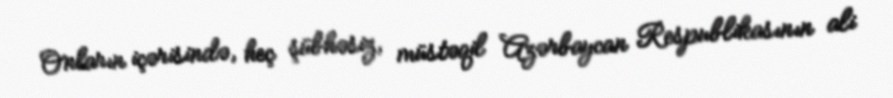
Onların içərisində, heç şübhəsiz, müstəqil Azərbaycan Respublikasının ali